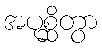
အပုစ္ဆိတွာ